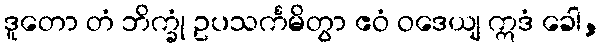
ဒူတော တံ ဘိက္ခုံ ဥပသင်္ကမိတွာ ဧဝံ ဝဒေယျ ဣဒံ ခေါ,